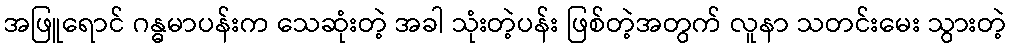
အဖြူရောင် ဂန္ဓမာပန်းက သေဆုံးတဲ့ အခါ သုံးတဲ့ပန်း ဖြစ်တဲ့အတွက် လူနာ သတင်းမေး သွားတဲ့